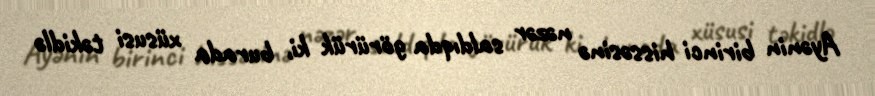
Ayənin birinci hissəsinə nəzər saldıqda görürük ki, burada xüsusi təkidlə